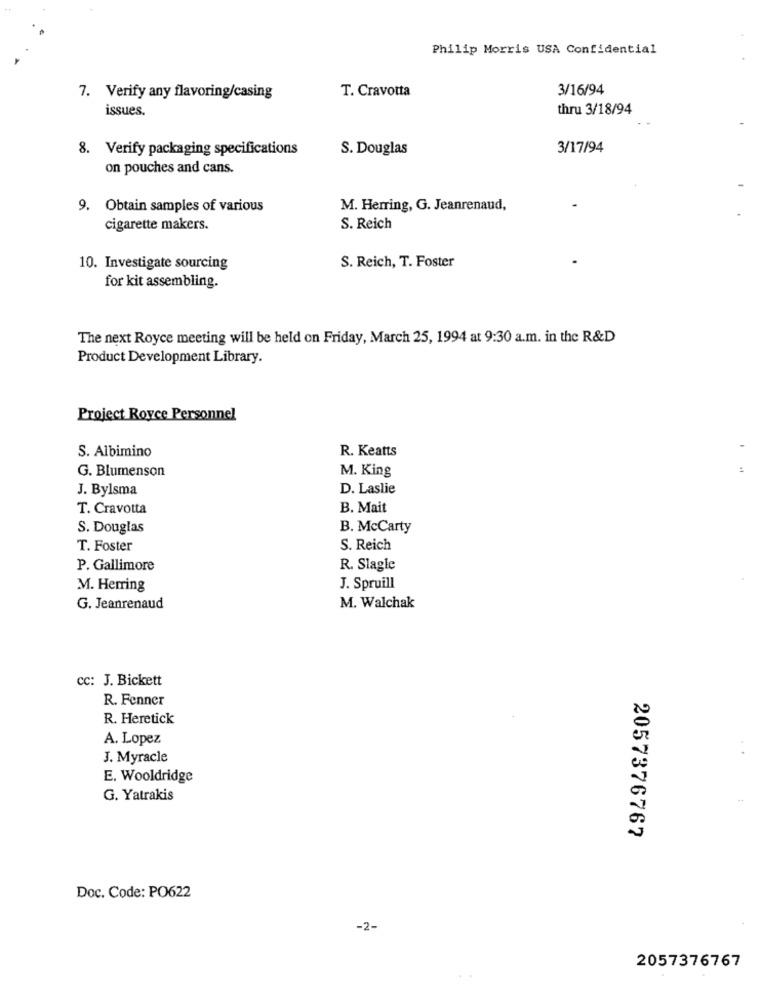
Philip Morris USA Confidential
T. Cravotta
3/16/94
7. Verify any flavoring/casing
issues.
thru 3/18/94
8. Verify packaging specifications
S. Douglas
3/17/94
on pouches and cans.
9. Obtain samples of various
M. Herring, G. Jeanrenaud,
cigarette makers.
S. Reich
S. Reich, T. Foster
10. Investigate sourcing
for kit assembling.
The next Royce meeting will be held on Friday, March 25, 1994 at 9:30 a.m. in the R&D
Product Development Library.
Project Royce Personnel
S. Albimino
R. Keatts
G. Blumenson
M. King
J. Bylsma
D. Laslie
T. Cravotta
B. Mait
S. Douglas
B. McCarty
T. Foster
S. Reich
P. Gallimore
R. Slagle
M. Herring
J. Spruill
G. Jeanrenaud
M. Walchak
cc: J. Bickett
R. Fenner
R. Heretick
A. Lopez
J. Myracle
E. Wooldridge
G. Yatrakis
2057376767
Doc. Code: PO622
-2-
2057376767